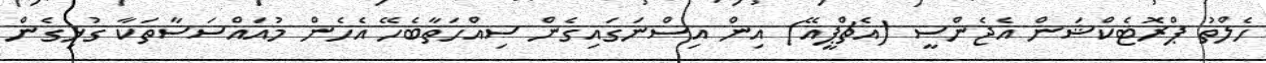
ހެލްތު ޕްރޮޓެކްޝަން އެޖެންސީ (އެޗްޕީއޭ) އިން އިސްނަގައިގެން ސިއްހަތާބެހޭ އެހެން މުއައްސަސާތަކާ ގުޅިގެން